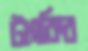
টাংকির